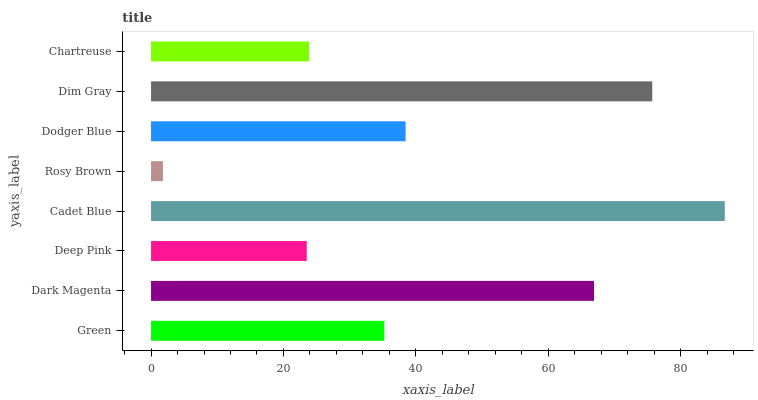
| yaxis_label | bars |
 | --- | --- |
 | Green | 35.2 |
 | Dark Magenta | 66.9 |
 | Deep Pink | 23.5 |
 | Cadet Blue | 86.7 |
 | Rosy Brown | 1.8 |
 | Dodger Blue | 38.4 |
 | Dim Gray | 75.7 |
 | Chartreuse | 23.9 |